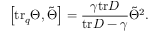
\left[ \mathrm { t r } _ { q } \Theta , \tilde { \Theta } \right] = \frac { \gamma \mathrm { t r } D } { \mathrm { t r } D - \gamma } \tilde { \Theta } ^ { 2 } .